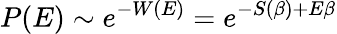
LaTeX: P(E)\sim e^{-W(E)}=e^{-S(\beta)+E\beta}